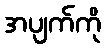
အပျက်ကို